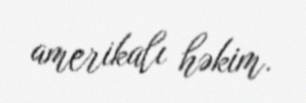
amerikalı həkim.